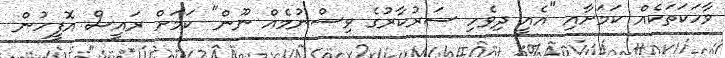
ވާހަކަތަކެއް ކަމަށާއި "އެއީ ދިވެހި ސަރުކާރުގެ ވިސްނުމެއް ނޫން" ކަމަށް ރައީސް އޮފީހުން